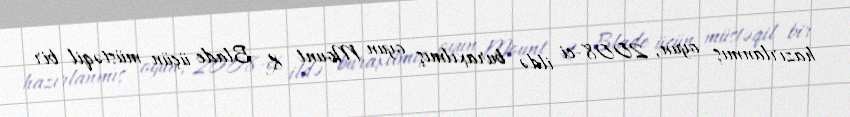
hazırlanmış oyun, 2008-ci ildə buraxılmış oyun Mount & Blade üçün müstəqil bir